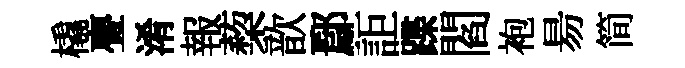
橇亹淆報蔾歆鄢詎蹀閻袍昜简